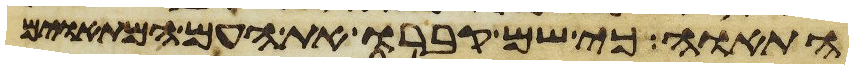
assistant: התאוה כי שם קברו את העם המתאוים